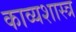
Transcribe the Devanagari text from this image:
काव्‍यशास्‍त्र